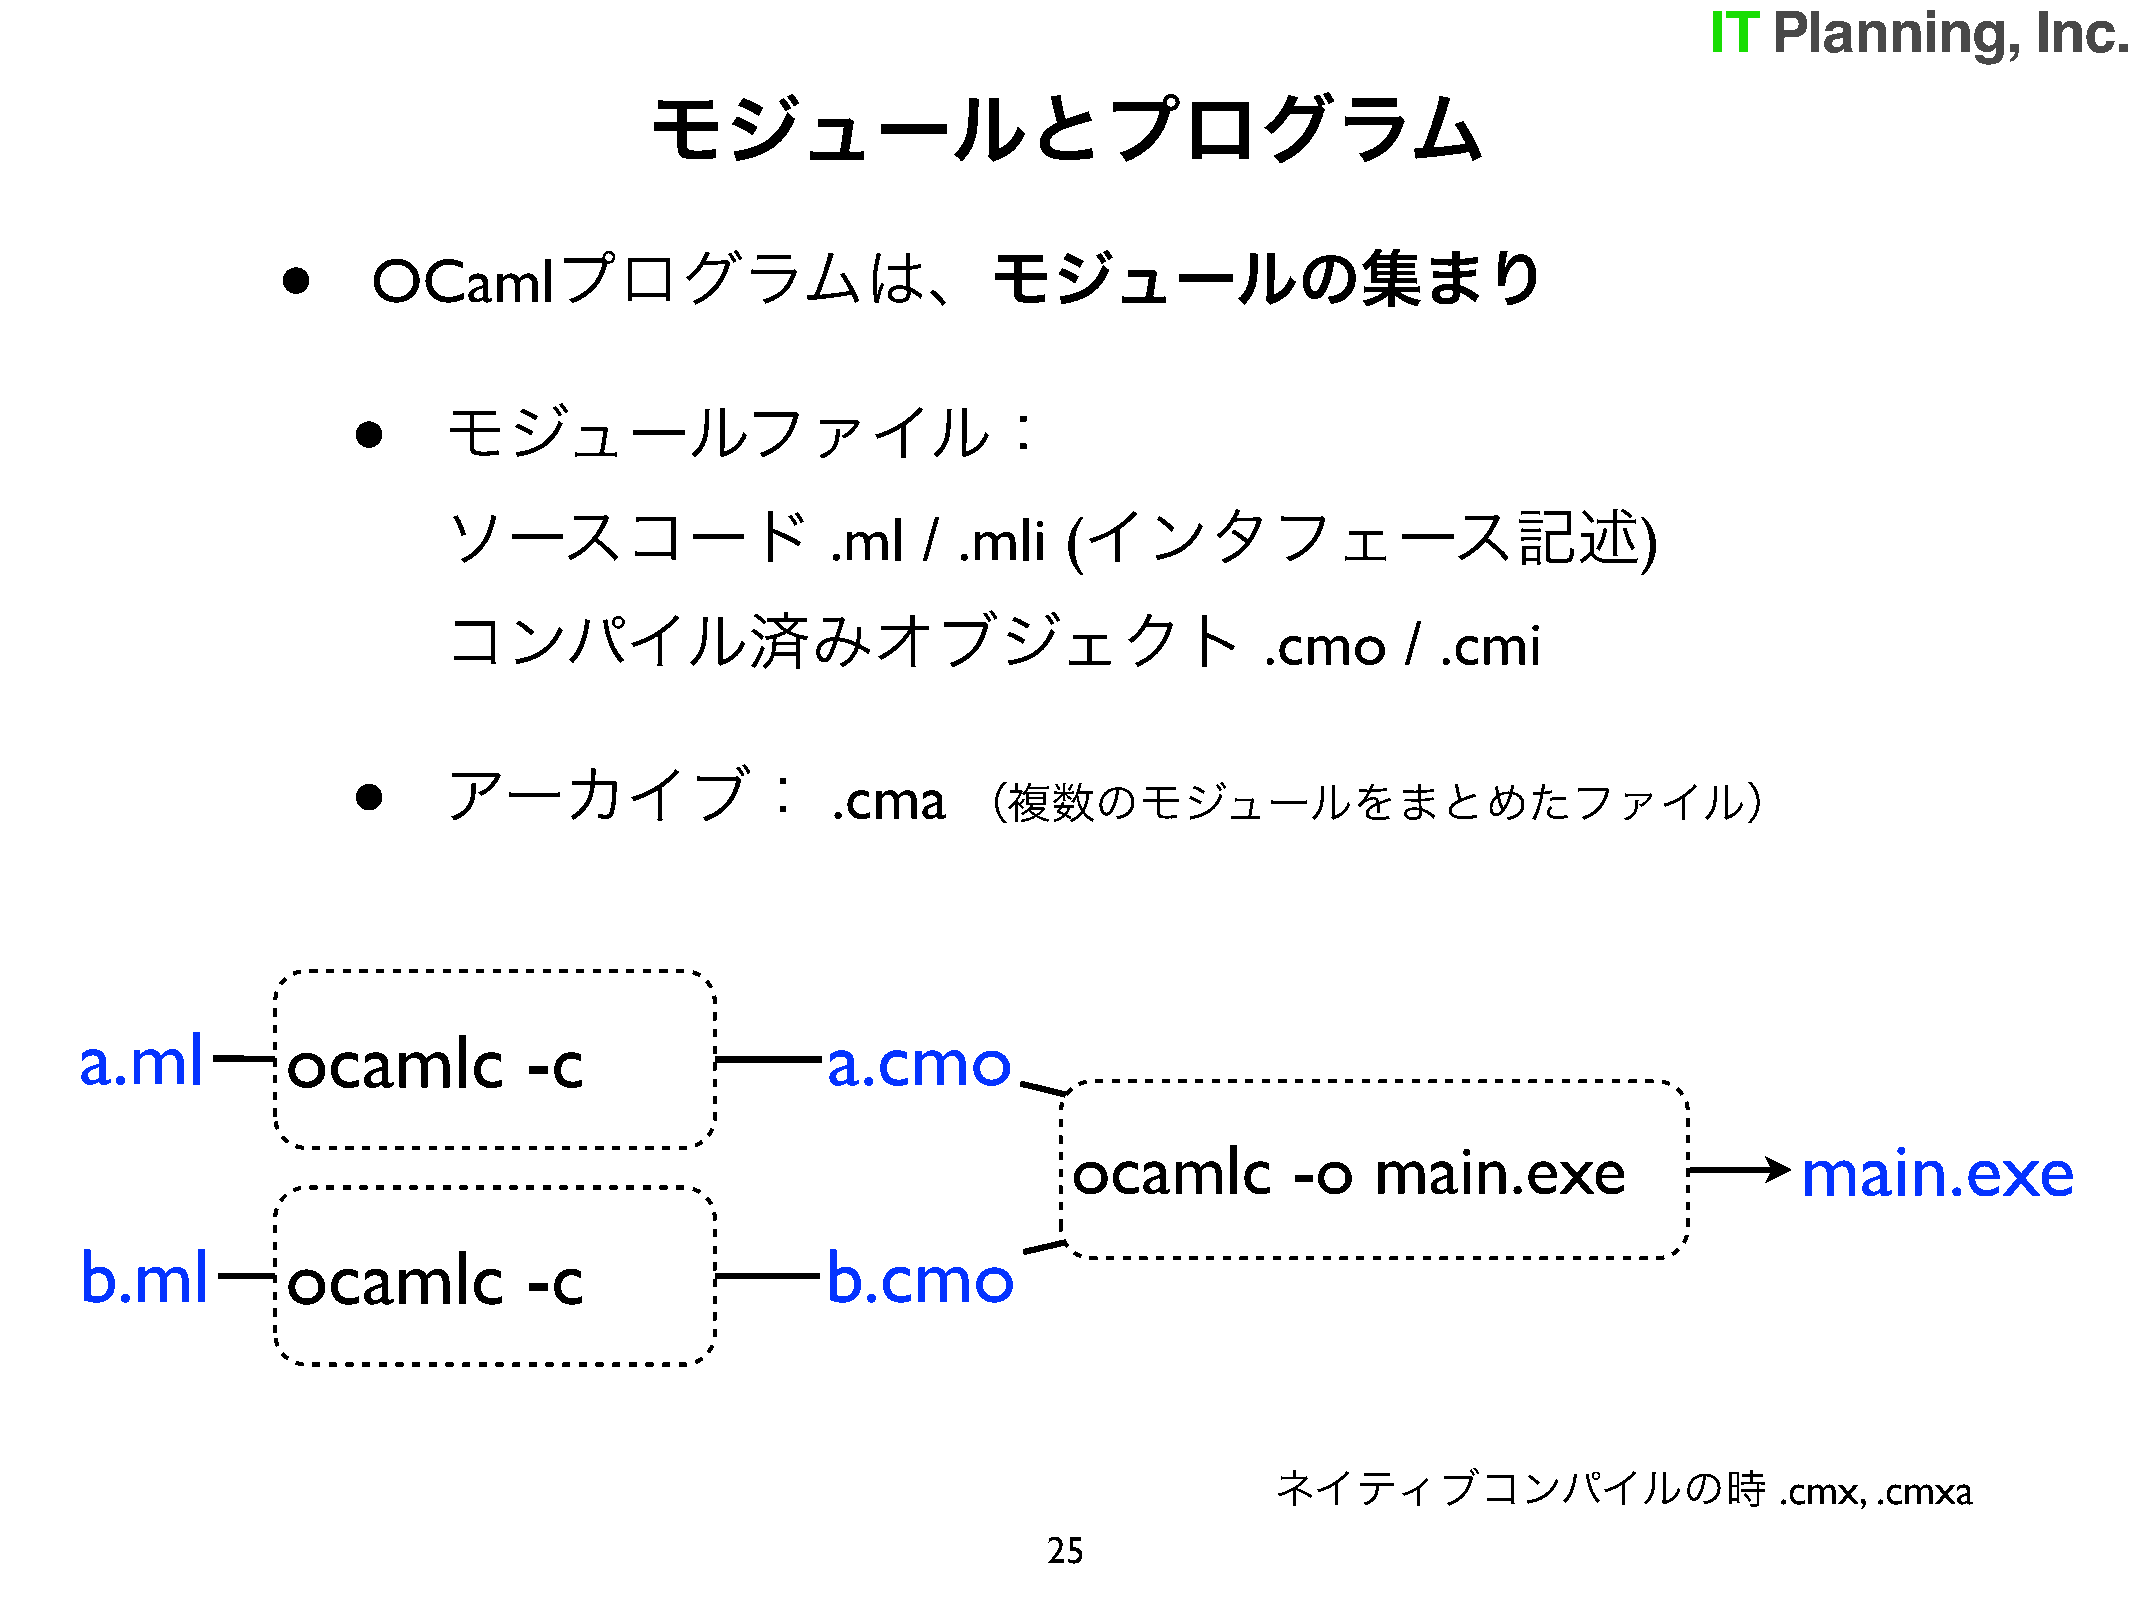
モジュールとプログラム
 •
 プログラムは、モジュールの集まり
 OCaml
 •
 モジュールファイル：
 ソースコード                                     インタフェース記述
 .ml   / .mli   (                                      )
 コンパイル済みオブジェクト
 .cmo     / .cmi
 •
 アーカイブ：
 .cma
 （複数のモジュールをまとめたファイル）
 a.ml          ocamlc          -c                  a.cmo
 ocamlc         -o   main.exe                    main.exe
 b.ml          ocamlc          -c                  b.cmo
 ネイティブコンパイルの時                      .cmx, .cmxa
 25